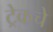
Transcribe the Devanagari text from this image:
ट्रेकचे